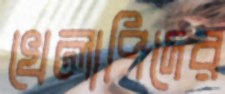
খেলাপিদের